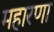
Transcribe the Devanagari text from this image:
महारणा